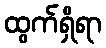
ထွက်ရှိရာ